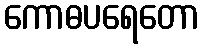
ကောဓပရေတော